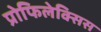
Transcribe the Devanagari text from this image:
प्रोफिलेक्सिस